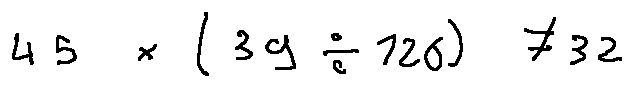
4 5 \times ( 3 9 \div 1 2 6 ) \neq 3 2